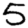
Digit: 5